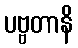
ပဗ္ဗတာနိ